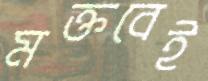
মক্তবেই